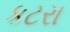
કટરા